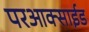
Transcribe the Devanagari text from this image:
परआक्साईड